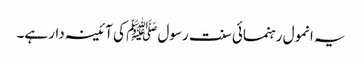
یہ انمول رہنمائی سنت رسول ﷺ کی آئینہ دار ہے۔